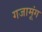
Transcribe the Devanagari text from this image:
गजामूंग